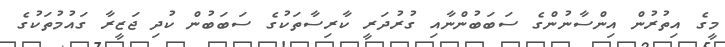
މީގެ އިތުރުން އިންސާނުންގެ ސަބަބުންނާއި ގުރުދަރީ ކާރިސާތަކުގެ ސަބަބުން ކުދި ޖަޒީރާ ގައުމުތަކުގެ